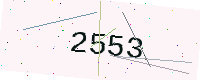
Text: 2553